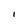
Character: I